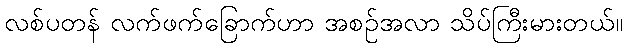
လစ်ပတန် လက်ဖက်ခြောက်ဟာ အစဉ်အလာ သိပ်ကြီးမားတယ်။